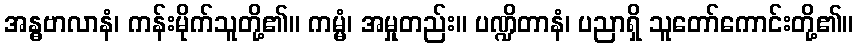
အန္ဓဗာလာနံ၊ ကန်းမိုက်သူတို့၏။ ကမ္မံ၊ အမှုတည်း။ ပဏ္ဍိတာနံ၊ ပညာရှိ သူတော်ကောင်းတို့၏။